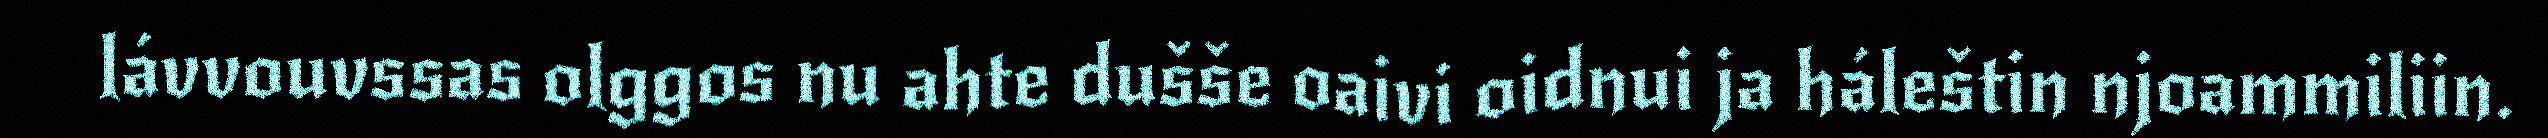
lávvouvssas olggos nu ahte dušše oaivi oidnui ja háleštin njoammiliin.